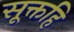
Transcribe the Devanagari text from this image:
सूक्तहि